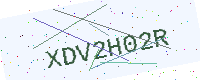
Text: XDV2H02R